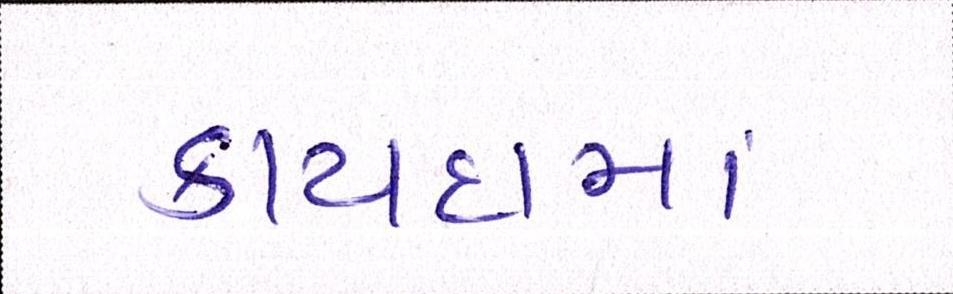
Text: કાયદામાં